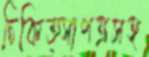
চিকিত্সাপত্রসহ